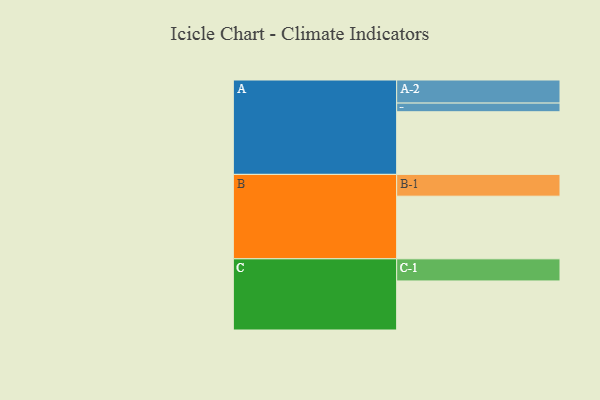
{"axis": {"x": "Segment", "y": "Value"}, "legend": ["", "A", "B", "C"], "data": [{"x": "A", "y": 586, "type": ""}, {"x": "B", "y": 586, "type": ""}, {"x": "C", "y": 459, "type": ""}, {"x": "A-1", "y": 81, "type": "A"}, {"x": "A-2", "y": 216, "type": "A"}, {"x": "B-1", "y": 204, "type": "B"}, {"x": "C-1", "y": 207, "type": "C"}]}